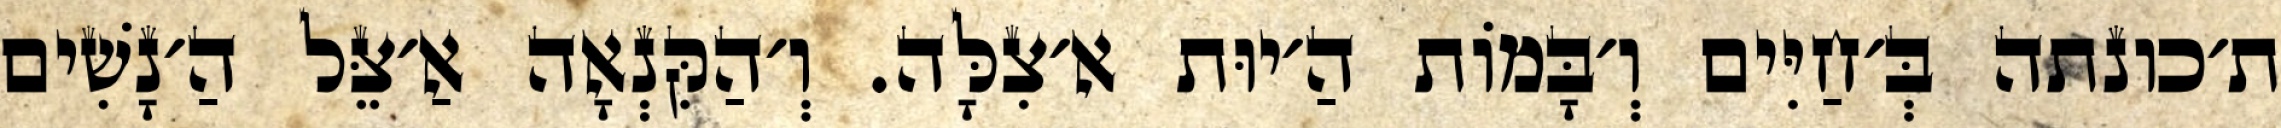
ת׳כונתה בְּ׳חַיִּים וְ׳בָּמוֹת הַ׳יוּת א׳צִלָּה. וְ׳הַקִּנְאָה אַ׳צֵּל הַ׳נָשִׁים